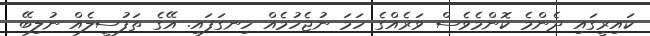
ކައިރީގައި ދެންމެ ކޮންމެވެސް ވަރެއްގެ ހަމަ ނުޖެހުމެއް ހިނގަފައި. އޭގެ ތަފުސީލެއް ނުލިބޭ